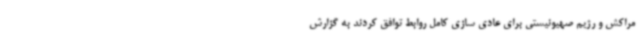
مراکش و رژیم صهیونیستی برای عادی سازی کامل روابط توافق کردند به گزارش